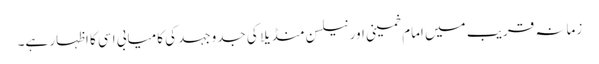
زمانہ قریب میں امام خمینی اور نیلسن منڈیلا کی جدوجہد کی کامیابی اسی کا اظہار ہے۔